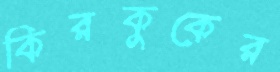
কিরকুকের